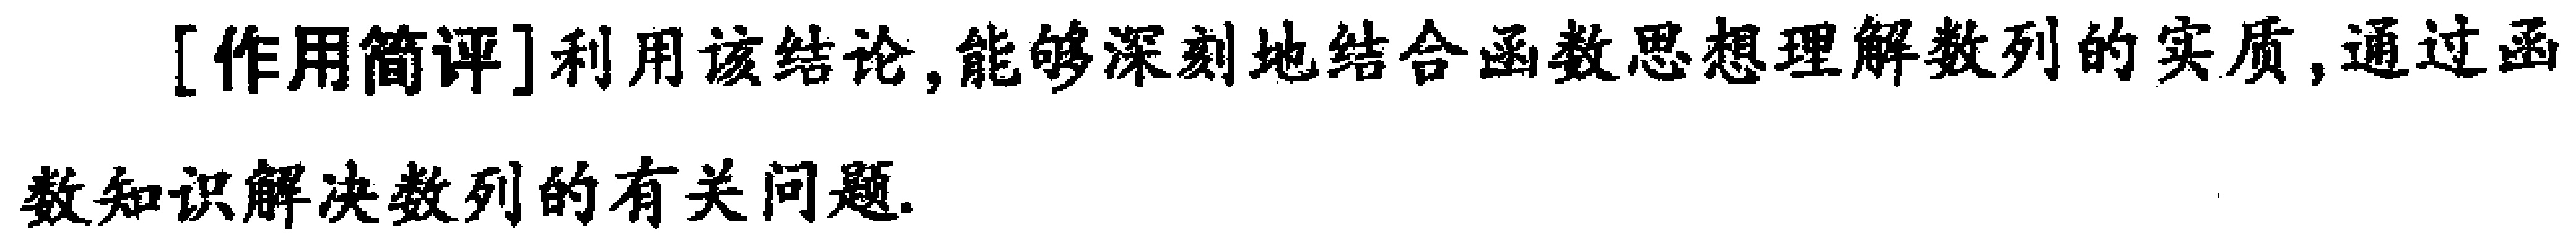
[作用简评]利用该结论,能够深刻地结合函数思想理解数列的实质,通过函数知识解决数列的有关问题.